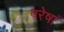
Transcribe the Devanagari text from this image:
परेषां